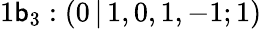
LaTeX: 1\mathsf{b}_{3}:(0\, |\, 1,0,1,-1;1)